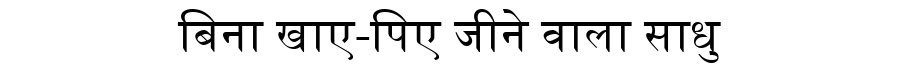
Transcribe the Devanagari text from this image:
बिना खाए-पिए जीने वाला साधु